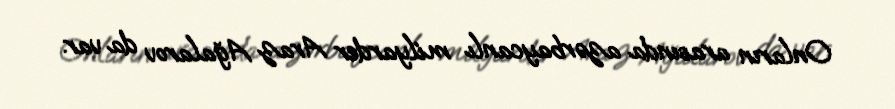
Onların arasında azərbaycanlı milyarder Araz Ağalarov da var.